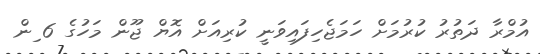
އުމްރާ ދަތުރު ކުރުމަށް ހަމަޖެހިފައިވަނީ ކުރިއަށް އޮޔް ޖޫން މަހުގެ 6 ިން